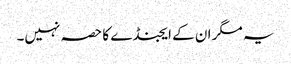
یہ مگر ان کے ایجنڈے کا حصہ نہیں۔